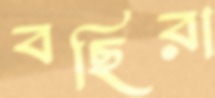
বছিরা